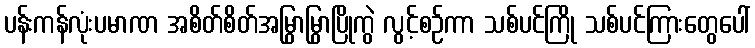
ပန်းကန်လုံးပမာဏ အစိတ်စိတ်အမြွှာမြွှာပြိုကွဲ လွင့်စဉ်ကာ သစ်ပင်ကြို သစ်ပင်ကြားတွေပေါ်